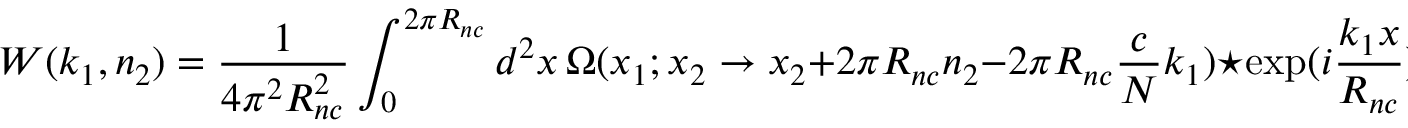
W ( k _ { 1 } , n _ { 2 } ) = \frac { 1 } { 4 \pi ^ { 2 } R _ { n c } ^ { 2 } } \int _ { 0 } ^ { 2 \pi R _ { n c } } d ^ { 2 } x \, \Omega ( x _ { 1 } ; x _ { 2 } \to x _ { 2 } + 2 \pi R _ { n c } n _ { 2 } - 2 \pi R _ { n c } \frac { c } { N } k _ { 1 } ) \star \exp ( i \frac { k _ { 1 } x } { R _ { n c } } ) .